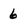
Character: 6